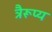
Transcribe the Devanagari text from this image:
त्रैरूप्य